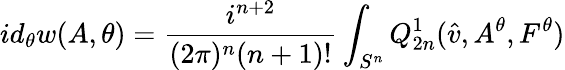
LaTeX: id_{\theta}w(A,\theta)=\frac{i^{n+2}}{(2\pi)^{n}(n+1)!}\int_{S^{n}}Q_{2n}^{1}(\hat{v},A^{\theta},F^{\theta})